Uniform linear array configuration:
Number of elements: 64
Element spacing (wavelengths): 0.5
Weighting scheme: blackman
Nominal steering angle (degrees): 30
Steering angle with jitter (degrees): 30.514
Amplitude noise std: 0.05
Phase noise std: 0.05

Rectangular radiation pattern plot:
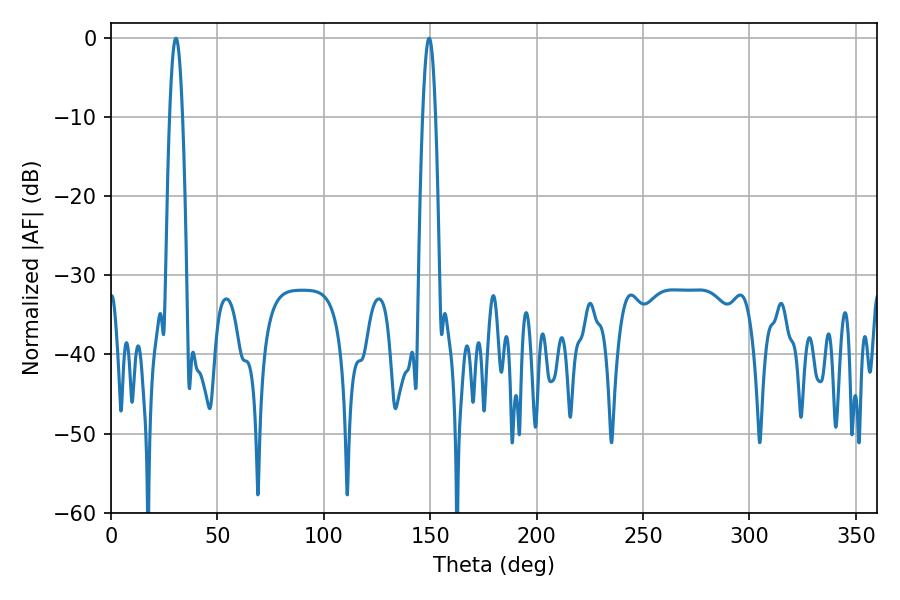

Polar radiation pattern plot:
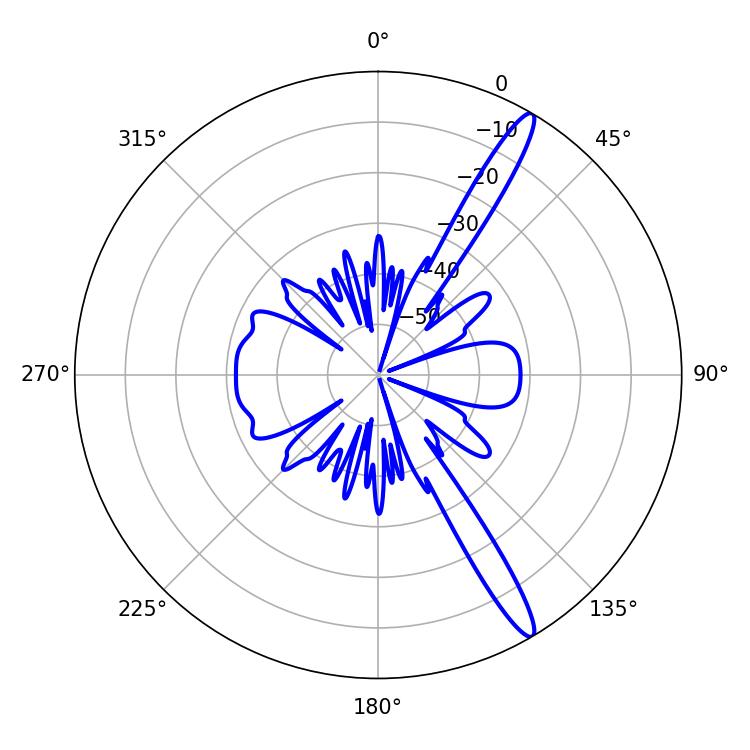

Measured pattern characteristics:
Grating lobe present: FALSE
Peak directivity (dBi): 14.929
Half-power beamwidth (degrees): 3.42
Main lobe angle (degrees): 149.4